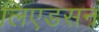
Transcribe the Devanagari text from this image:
लिएडसन